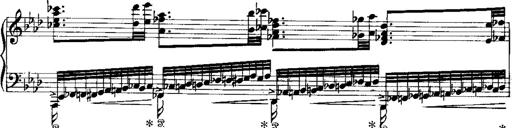
Title: Miserere du Trovatore
Composer: Franz Liszt